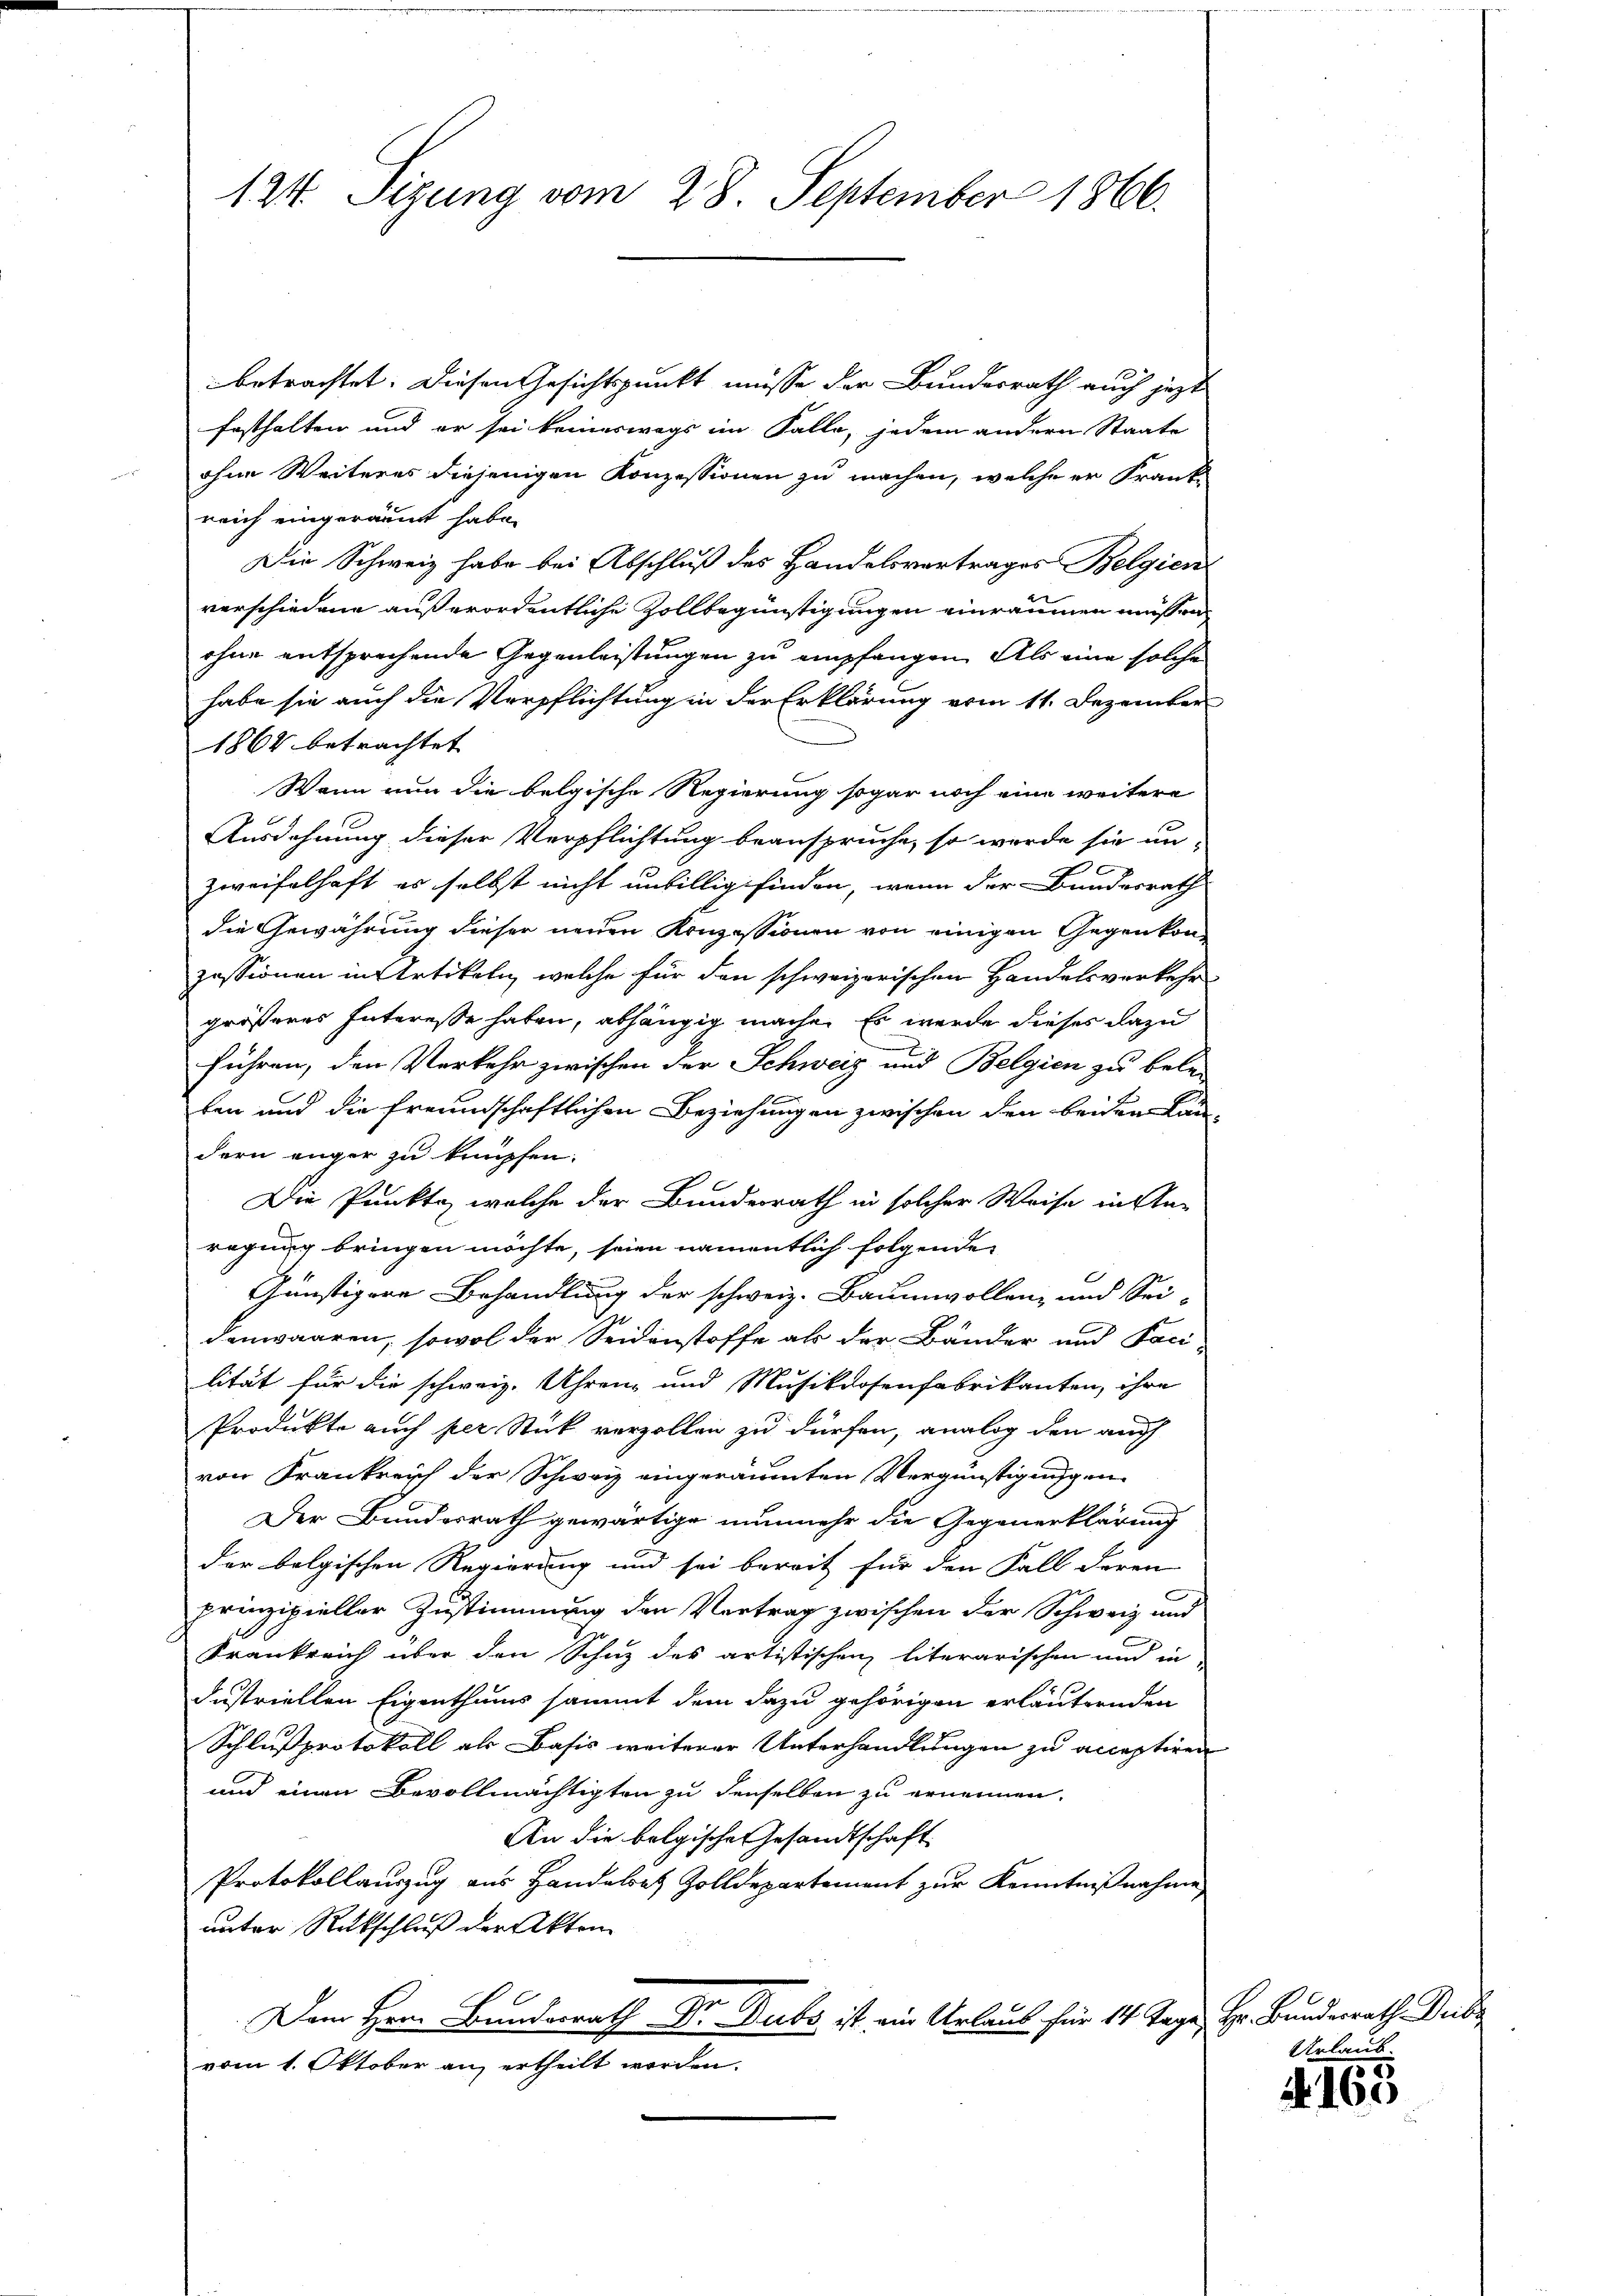
124. Sizung vom 28. September 1866.

betrachtet. Diesen Gesichtspunkt müsse der Bundesrath auch jetzt
festhalten und er sei keineswegs im Falle, jedem andern Staate
ohne Weiteres diejenigen Konzessionen zu machen, welche er Frankreich eingeräumt habe.
Die Schweiz habe bei Abschluß des Handelsvertrages Belgien
verschiedene außerordentliche Zollbegünstigungen einräumen müssen,
ohne entsprechende Gegenleistungen zu empfangen. Als eine solche
habe sie auch die Verpflichtung in der Erklärung vom 11. Dezember
1864 betrachtet
Wann nun die belgische Regierung sogar noch eine weitere
Ausdehnung dieser Verpflichtung beanspruche, so werde sie un-
x
2
Zweifelhaft es selbst nicht unbillig finden, wenn der Bundesrath
die Gewährung dieser neuen Konzessionen von einigen Gegenkonzessionen in Artikeln, welche für den schweizerischen Handelsverkehr
größeres Interesse haben, abhängig mache. Es werde dieses dazu
führen, den Verkehr zwischen der Schweiz und Belgien zu bele
len und die freundschaftlichen Beziehungen zwischen den beiden Landern enger zu knüpfen.
Die Punkte, welche der Bundesrath in solcher Weise in An-
ragung bringen möchte, seien namentlich folgenden
Günstigere Behandlung der schweiz. Baumwollenz und Sei-
denwaaren, sowol der Seidenstoffe als der Bänder und Faci-
lität für die schweiz. Uhren- und Musikdosenfabrikanten, ihre
Produkte auch per Stück verzollen zu dürfen, analog den auch
von Frankreich der Schweiz eingeräumten Vergünstigungen
Der Bundesrath gewärtige nunmehr die Gegenerklärung
der bolgischen Regierung und sei bereit für den Fall deren
C
prinzipieller Zustimmung den Vortrag zwischen der Schweiz und
Frankreich über den Schuz des artistischen literarischen und in
dustriellen Eigenthums sammt dem dazu gehörigen erläuternden
Schlußprotokoll als Basis weiterer Unterhandlungen zu acceptiren
und einen Bevollmächtigten zu denselben zu ernennen.
An die belgische Gesandtschaft
Protokollauszug aus Handelsatz Zolldepartement zur Kenntnißnahme
unter Rückschluß der Akten
Dem Hrn. Bundesrath Dr. Dubs ist ein Urlaub für 14 Tage, Hr. Bundesrath Deibe
vom 1. Oktober an, ertheilt worden.

Urlaub.

4163